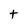
Character: t